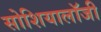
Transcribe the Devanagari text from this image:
सोशियालॉजी